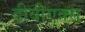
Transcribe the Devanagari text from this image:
डीवीएक्स